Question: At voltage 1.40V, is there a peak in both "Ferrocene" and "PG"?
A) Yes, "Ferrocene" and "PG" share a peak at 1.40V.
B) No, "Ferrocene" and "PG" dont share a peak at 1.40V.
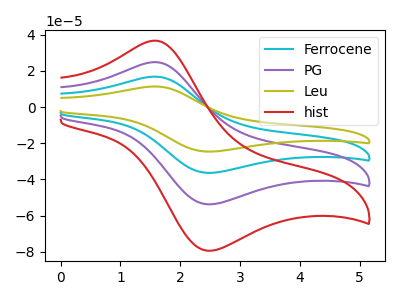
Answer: <think>The cyan curve "Ferrocene" has an anodic peak at (1.60V, 49.65uA) and a cathodic peak at (2.55V, -107.40uA). The purple curve "PG" has an anodic peak at (1.60V, 24.85uA) and a cathodic peak at (2.55V, -53.70uA). The olive curve "Leu" has an anodic peak at (1.60V, 74.50uA) and a cathodic peak at (2.55V, -161.10uA). The red curve "hist" has an anodic peak at (1.60V, 36.70uA) and a cathodic peak at (2.55V, -79.35uA).</think>
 <answer>B) No, "Ferrocene" and "PG" dont share a peak at 1.40V.</answer>
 <eval>B</eval>